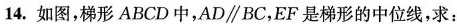
14.如图,梯形 ABCD中,AD\parallelBC,EF是梯形的中位线,求: